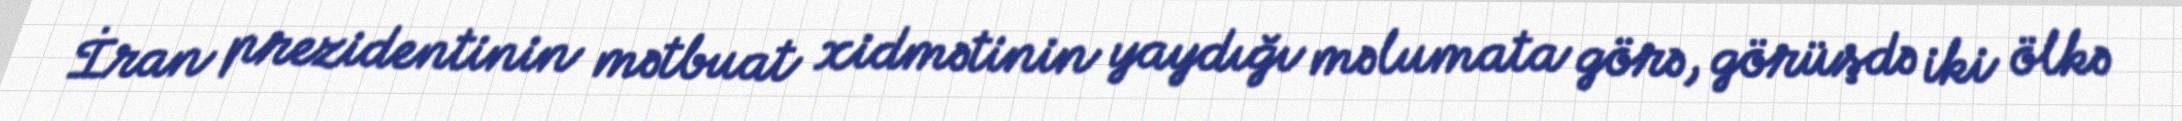
İran prezidentinin mətbuat xidmətinin yaydığı məlumata görə, görüşdə iki ölkə